DOW-UAP-D61, Mission Report, Persian Gulf, August 2020
Agency: Department of War
Incident date: 8/27/20
Incident location: Persian Gulf
Page 5
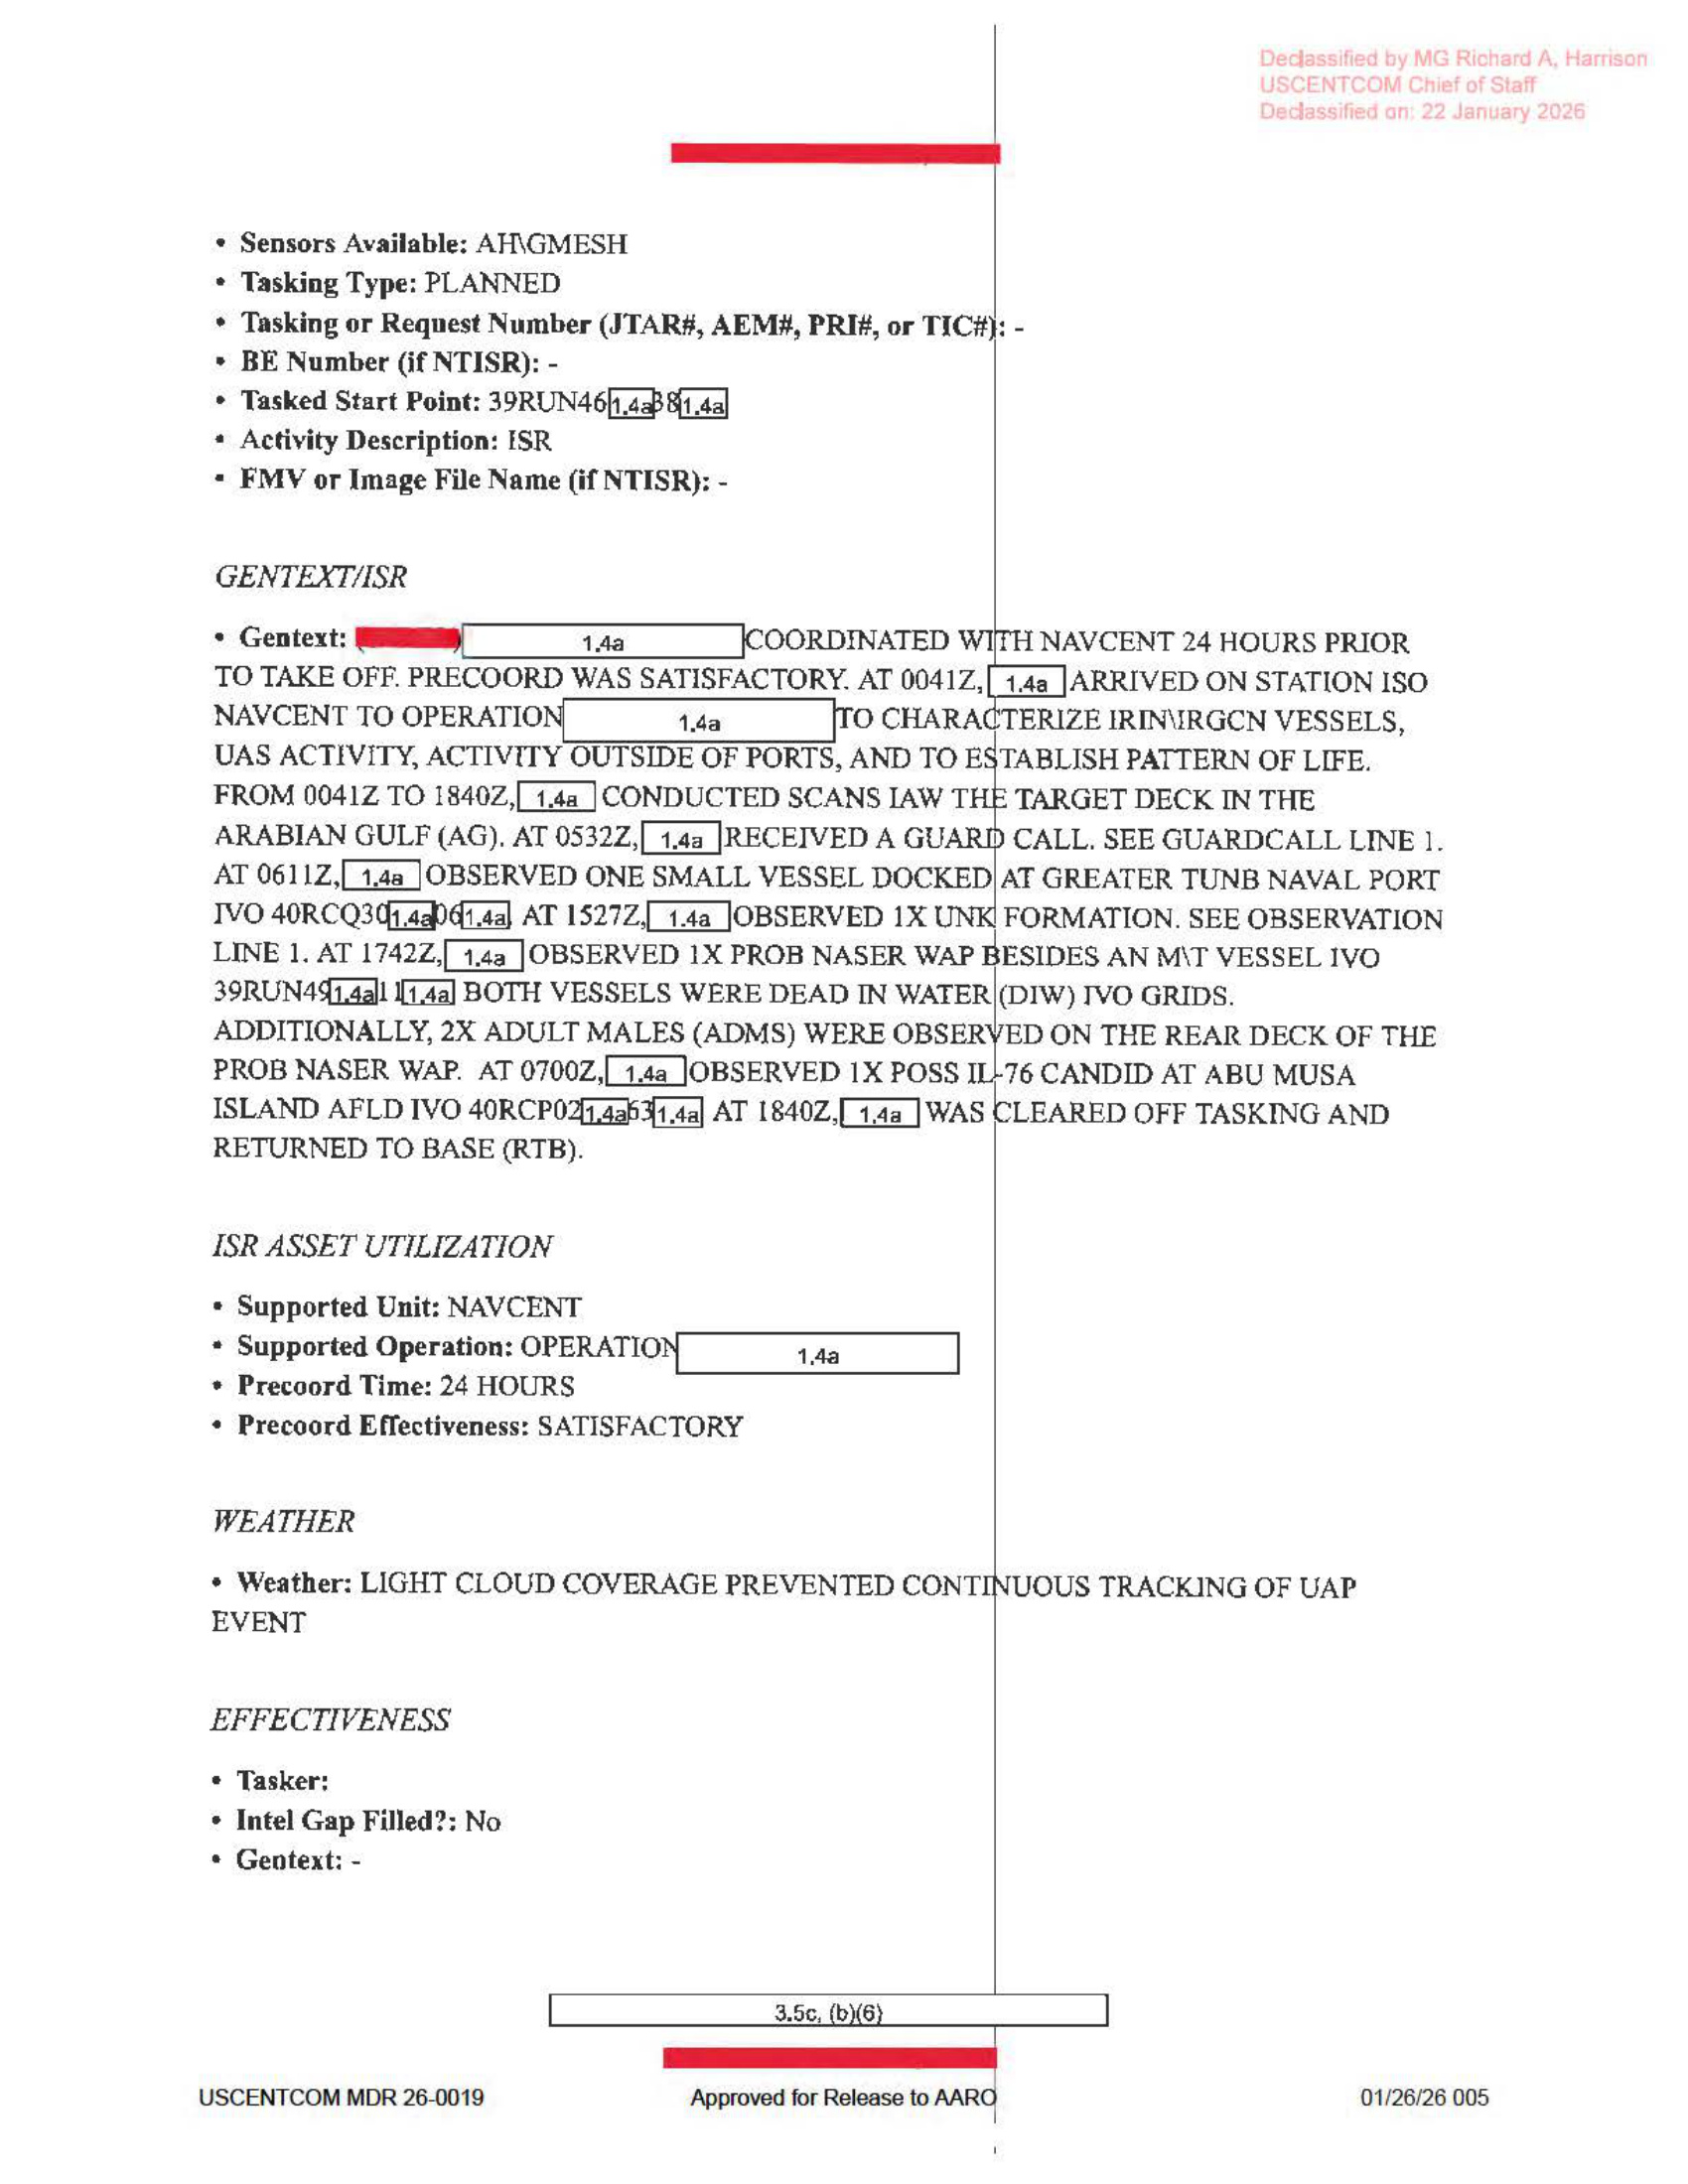